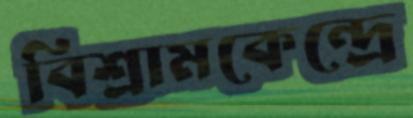
বিশ্রামকেন্দ্রে